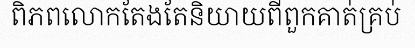
ពិភពលោកតែងតែនិយាយពីពួកគាត់គ្រប់